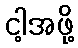
ငါ့အဖို့